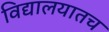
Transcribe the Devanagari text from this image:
विद्यालयातच